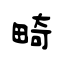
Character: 畸